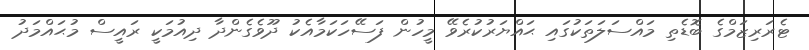
ޓެރަރިޒަމްގެ ބޮޑެތި މައްސަލަތަކުގައި ޙައްޔަރުކުރެވޭ މީހުން ފަސޭހަކަމާއެކު ދޫވެގެންދާ ދިއުމަކީ ރައީސް މުޙައްމަދު